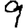
Digit: 9